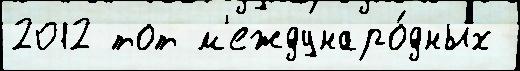
2012 тот м'еждунаро́дных